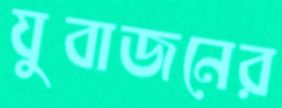
যুবাজনের